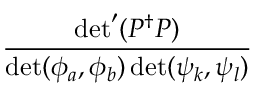
\displaystyle \frac { \operatorname * { d e t } ^ { \prime } ( P ^ { \dagger } P ) } { \operatorname * { d e t } ( \phi _ { a } , \phi _ { b } ) \operatorname * { d e t } ( \psi _ { k } , \psi _ { l } ) }